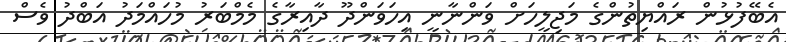
އެބޭފުޅުން ރައްޔިތުންގެ މަޖިލީހަށް ވަންނާނީ އިހަވަންދޫ ދާއިރާގެ މެމްބަރު މުހައްމަދު އަބްދު ވެސް